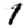
Digit: 1